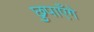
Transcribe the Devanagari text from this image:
छुपाएँगे